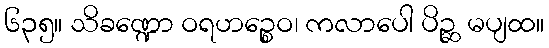
၆၃၅။ သိခဏ္ဍော ဝရဟဉ္စေဝ၊ ကလာပေါ ပိဉ္ဆ မပျထ။